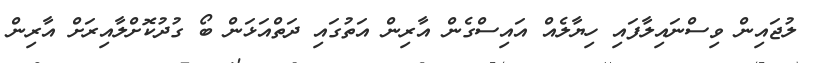
ލުޖައިން ވިސްނައިލާފައި ހިޔާލެއް އައިސްގެން އާރިން އަތުގައި ދަތްއަޅަން ބޯ ގުދުކޮށްލާއިރަށް އާރިން